Report on lock hospitals in British Burma
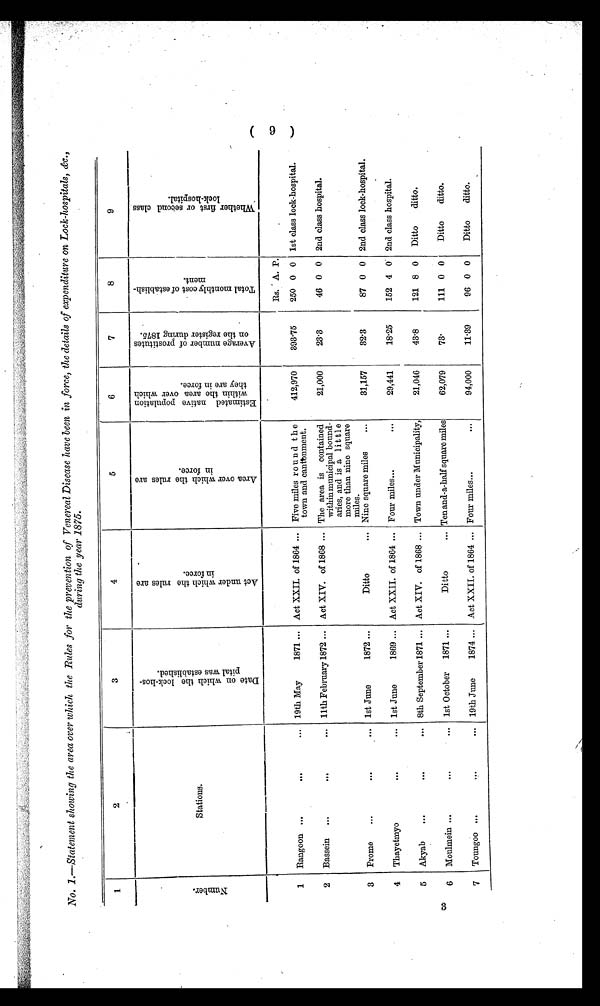
No. I.—Statement showing the area over which the Rules for the prevention of Venereal Disease have been in force, the details of expenditure on Lock-hospitals, &c.,
during the year 1875.
1
2
3
4
5
6
7
8
9
N u m b e r .
Stations.
D a t e o n w h i c h t h e l o c k - h o s -
p i t a l w a s e s t a b l i e h e d .
A c t u n d e r w h i c h t h e r u l e s a r e
i n f o r c e .
A r e a o v e r w h i c h t h e r u l e s a r e
i n f o r c e .
E s t i m a t e d n a t i v e p o p u l a t i o n
w i t h i n t h e a r e a o v e r w h i c ht
h e y a r e i n f o r c e .
A v e r a g e n u m b e r o f p r o s t i t u t e s
o n t h e r e g i s t e r d u r i n g 1 8 7 5 .
T o t a l m o n t h l y c o s t o f e s t a b l i s h -
m e n t .
W h e t h e r f i r s t o r s e c o n d c l a s s
l o c k - h o s p i t a l .
Rs. A. P.
1
Rangoon ...
. . .
... 19th May
1871 ... Act XXII. of 1864 ... Five miles ro undt h e
town and cantonment.
412,970
393.75
250 0 0 1st class lock-hospital.
2
Bassein
...
. . .
. . .
11th February 1872 ... Act XIV. of 1868 ... The area is contained
within municipal bound-
aries, and is a little
more than nine square
miles.
21,000
23.3
46 0 0 2nd class hospital.
3
Prome
...
...
... 1st June
1872 ...
Ditto
... Nine square miles
. . .
31,157
32.3
87 0 0 2nd class lock-hospital.
4
Thayetmyo
...
... 1st June
1869 ... Act XXII. of 1864 ... Four miles...
. . .
29,441
18.25
152 4 0 2nd class hospital.
5
3
6
Akyab
...
Moulmein...
. . .
...
...
.. .
8th September 1871 ...
1st October 1871 ...
Act XIV. of 1868
Ditto
...
...
Town under Municipality,
Ten and-a-half square miles
21,046
62,079
43.8
73.
121 8 0
111 0 0
Ditto
ditto.
Ditto
ditto.
7
Toungoo ...
...
... 19th June
1874 ... Act XXII. of 1864 ... Four miles...
...
94,000
11.39
96 0 0
Ditto
ditto.
(9)